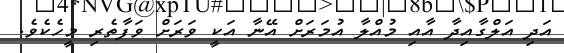
އަދި އަލްގާއިދާ އާއި މުއްލާ އުމަރަށް އޭނާ އަކީ ވަރަށް ވަފާތެރި މީހެކެވެ.